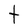
Character: t